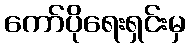
ကော်ပိုရေးရှင်းမှ